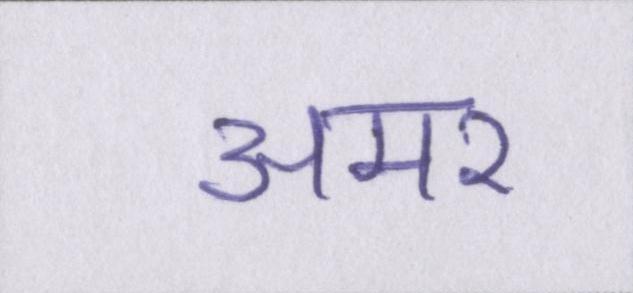
अमर